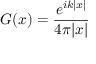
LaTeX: G ( x ) = { \frac { e ^ { i k | x | } } { 4 \pi | x | } }